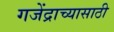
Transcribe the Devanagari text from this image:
गजेंद्राच्यासाठी